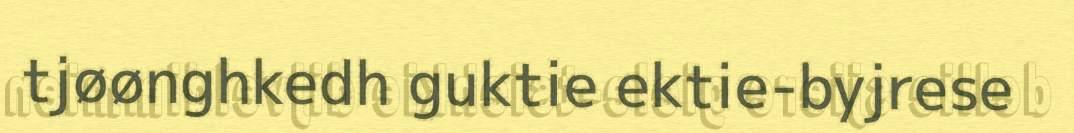
tjøønghkedh guktie ektie-byjrese